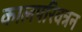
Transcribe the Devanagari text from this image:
कालपरिवत्रन